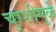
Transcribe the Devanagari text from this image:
चुरशीमुळे